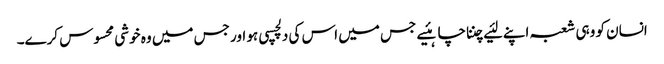
انسان کو وہی شعبہ اپنے لئیے چننا چاہئیے جس میں اس کی دلچسپی ہو اور جس میں وہ خوشی محسوس کرے۔